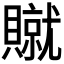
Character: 𫎢